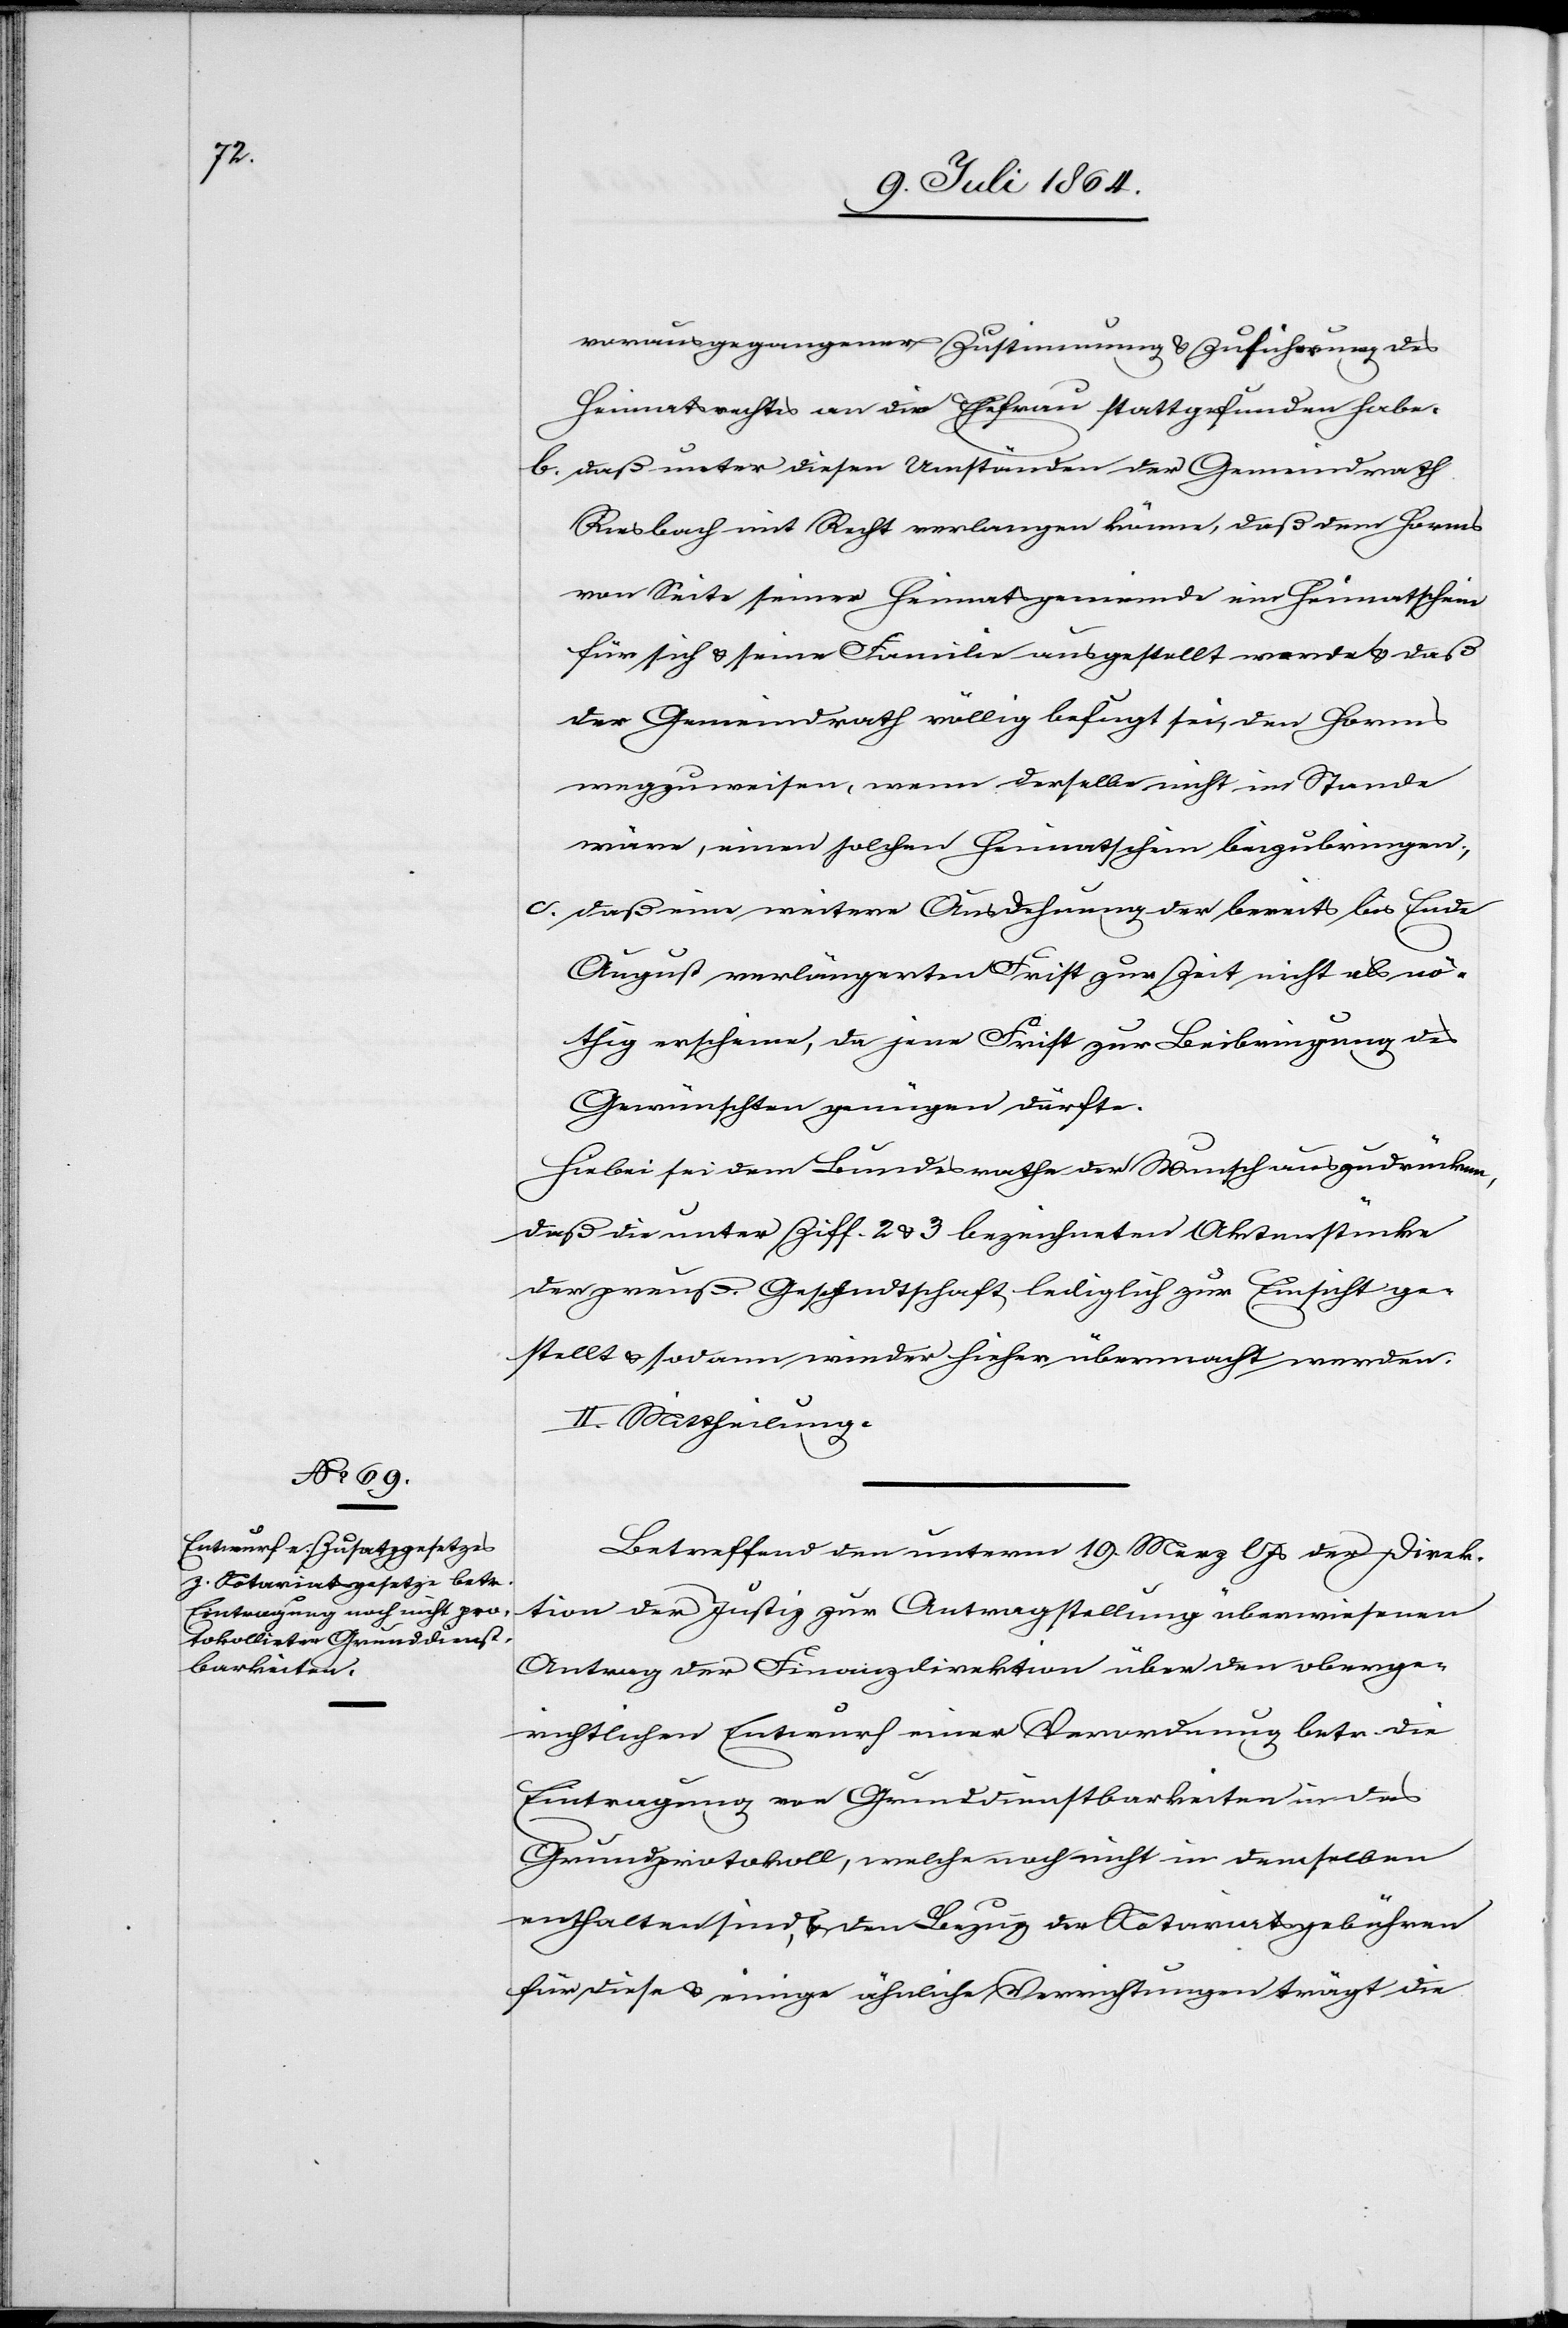
vorausgegangener Zustimmung u. Zuführung des
Heimatsrechtes an die Ehefrau stattgefunden habe.
b. daß unter diesen Umständen der Gemeindrath
Riesbach mit Recht verlangen könne, daß dem Horms
von Seite seiner Heimatsgemeinde ein Heimatschein
für sich u. seine Familie ausgestellt werde u. daß
der Gemeindrath völlig befugt sei, den Horms
wegzuweisen, wenn derselbe nicht im Stande
wäre, einen solchen Heimatschein beizubringen,
c. daß eine weitere Ausdehnung der bereits bis Ende
August verlängerten Frist zur Zeit nicht als nö¬
thig erscheine, da jene Frist zur Beibringung des
Gewünschten genügen dürfte.
Hiebei sei dem Bundesrathe der Wunsch auszudrücken,
daß die unter Ziff. 2 u. 3 bezeichneten Aktenstücke
der preuß. Gesandtschaft lediglich zur Einsicht ge¬
stellt u. sodann wieder hieher übermacht werden.
II. Mittheilung.
Betreffend den unterm 19. Merz l. Js. der Direk¬
tion der Justiz zur Antragstellung überwiesenen
Antrag der Finanzdirektion über den oberge¬
richtlichen Entwurf einer Verordnung betr. die
Eintragung von Grunddienstbarkeiten in das
Grundprotokoll, welche noch nicht in demselben
enthalten sind, u. den Bezug der Notariatsgebühren
für diese u. einige ähnliche Verrichtungen trägt die